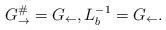
LaTeX: \begin{align*} G_\rightarrow ^\#=G_\leftarrow , L_b^{-1}=G_\leftarrow .\end{align*}